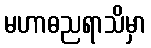
မဟာဓညရာသိမှာ